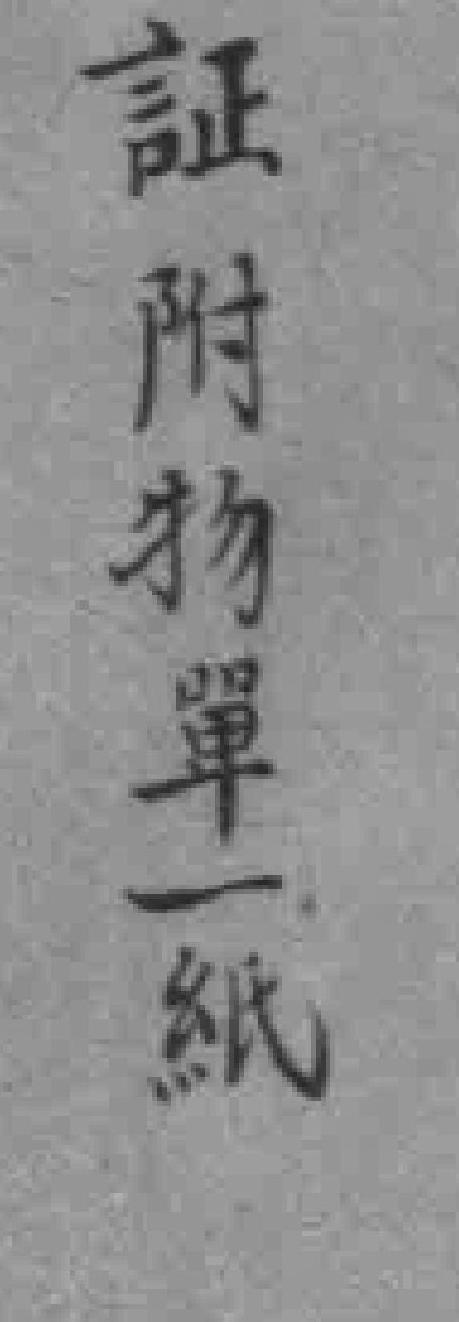
証附物單一紙